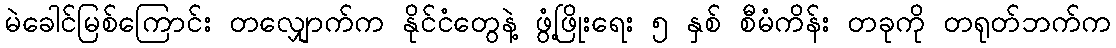
မဲခေါင်မြစ်ကြောင်း တလျှောက်က နိုင်ငံတွေနဲ့ ဖွံ့ဖြိုးရေး ၅ နှစ် စီမံကိန်း တခုကို တရုတ်ဘက်က